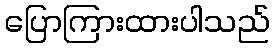
ပြောကြားထားပါသည်